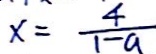
x = \frac { 4 } { 1 - a }